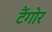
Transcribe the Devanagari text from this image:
टैंगोर